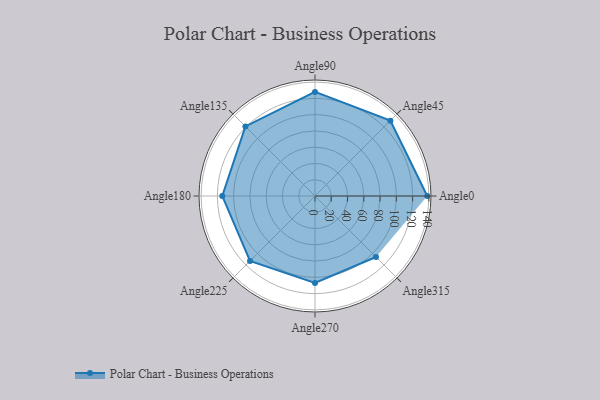
{"axis": {"x": "Angle", "y": "Radius"}, "legend": [""], "data": [{"x": "Angle0", "y": 138.0, "type": ""}, {"x": "Angle45", "y": 131.0, "type": ""}, {"x": "Angle90", "y": 128.0, "type": ""}, {"x": "Angle135", "y": 121.0, "type": ""}, {"x": "Angle180", "y": 114.0, "type": ""}, {"x": "Angle225", "y": 113.0, "type": ""}, {"x": "Angle270", "y": 107.0, "type": ""}, {"x": "Angle315", "y": 106.0, "type": ""}]}